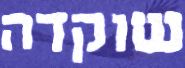
שוקדה